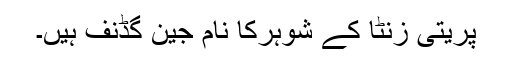
پریتی زنٹا کے شوہرکا نام جین گڈنف ہیں۔